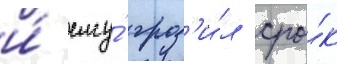
и́ ему́ гроз'и́л сро́к